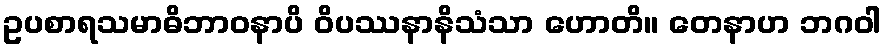
ဥပစာရသမာဓိဘာဝနာပိ ဝိပဿနာနိသံသာ ဟောတိ။ တေနာဟ ဘဂဝါ